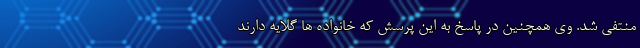
منتفی شد. وی همچنین در پاسخ به این پرسش که خانواده ها گلایه دارند